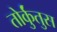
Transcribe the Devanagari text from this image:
तोर्कुंतुस